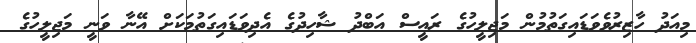
މިއަދު ހާޒިރުވެވަޑައިގަތުމުން މަޖިލީހުގެ ރައީސް އަބްދު ޝާހިދުގެ އެދިވަޑައިގަތުމަކަށް އޭނާ ވަނީ މަޖިލީހުގެ